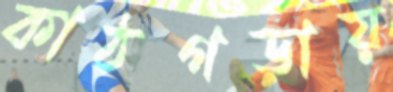
কাঠগড়ায়